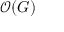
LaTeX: { \mathcal { O } } ( G )